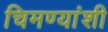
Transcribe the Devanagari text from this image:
चिमण्यांशी